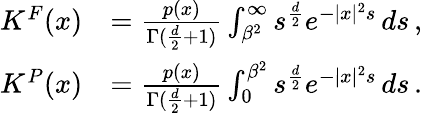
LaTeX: \begin{array}{rl}{K^{F}(x)}&{=\frac{p(x)}{\Gamma(\frac d2+1)}\int_{\beta^{2}}^{\infty}s^{\frac d2}e^{-|x|^{2}s}\, ds\, ,}\\ {K^{P}(x)}&{=\frac{p(x)}{\Gamma(\frac d2+1)}\int_{0}^{\beta^{2}}s^{\frac d2}e^{-|x|^{2}s}\, ds\, .}\end{array}